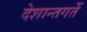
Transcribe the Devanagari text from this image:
देशान्तगर्ते